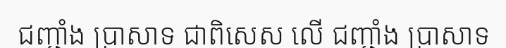
ជញ្ជាំង ប្រាសាទ ជាពិសេស លើ ជញ្ជាំង ប្រាសាទ